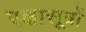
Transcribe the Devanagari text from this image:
रक्षासूत्रों